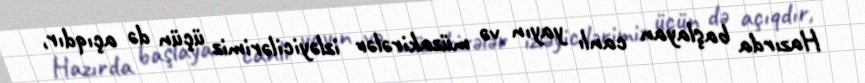
Hazırda başlayan canlı yayın və müzakirələr izləyicilərimiz üçün də açıqdır,